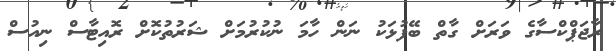
ރާޖަޕްކްސާގެ ވަރަށް ގާތް ބޭފުޅަކު ނަން ހާމަ ނުކުރުމަށް ޝަރުތުކޮށް ރޮއިޓާސް ނިއުސް